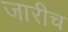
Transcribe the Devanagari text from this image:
जारीच